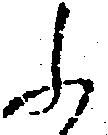
ふ